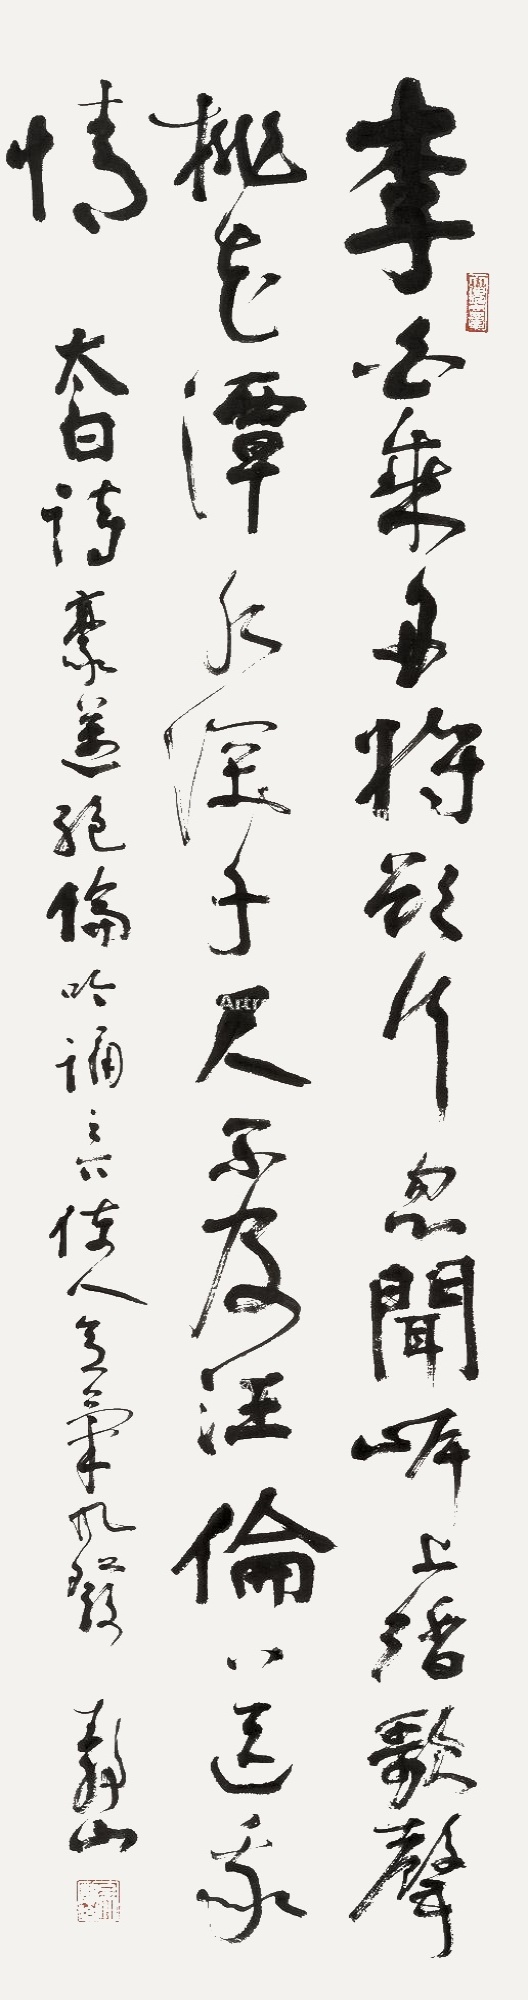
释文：李白乘舟将欲行忽闻岸上踏歌声桃花潭水深千尺不及汪伦送我情太白诗豪迈绝伦吟诵之下使人意气风发静山